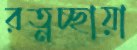
রত্নচ্ছায়া